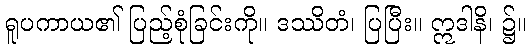
ရူပကာယ၏ ပြည့်စုံခြင်းကို။ ဒဿိတံ၊ ပြပြီး။ ဣဒါနိ၊ ၌။